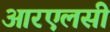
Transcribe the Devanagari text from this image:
आरएलसी